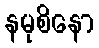
နမုစိနော